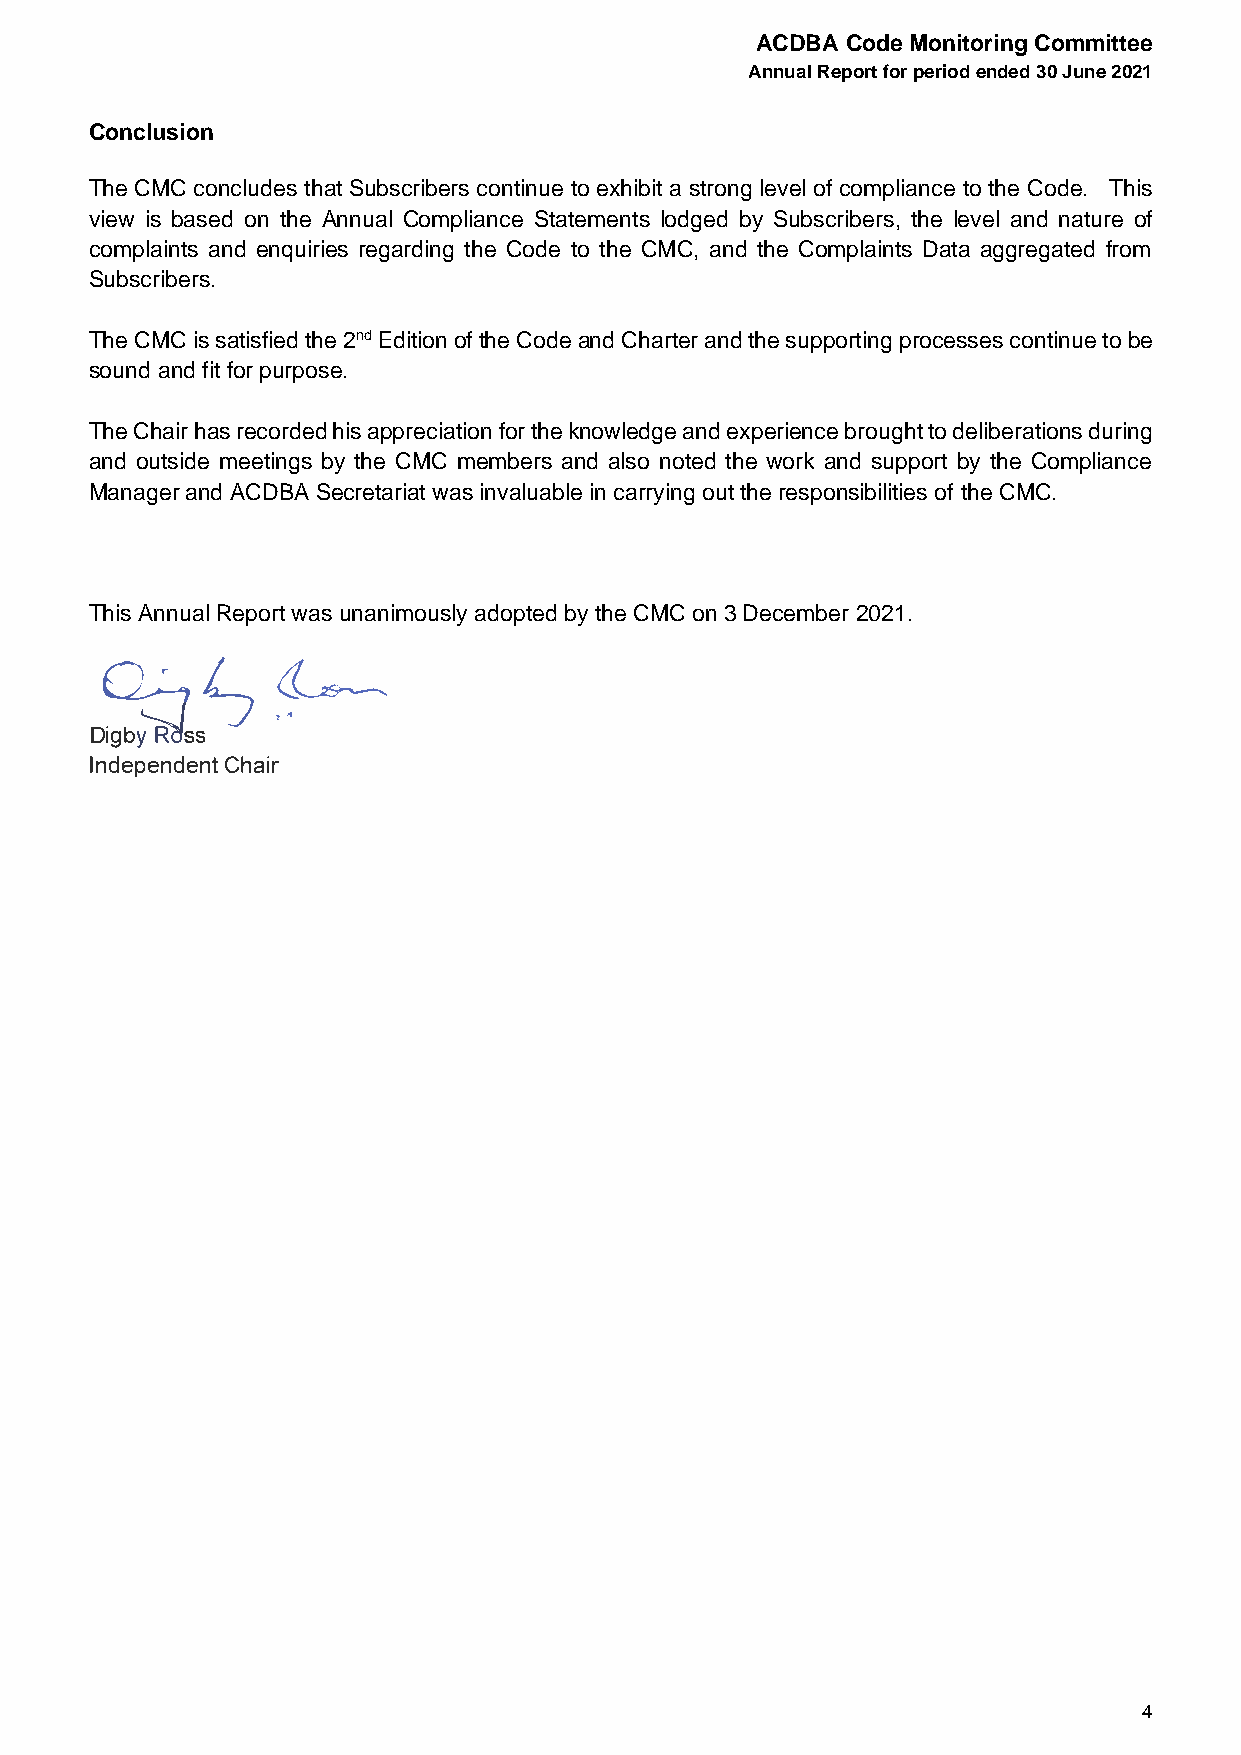
ACDBA Code Monitoring Committee
 Annual Report for period ended 30 June 2021
 Conclusion
 The CMC concludes that Subscribers continue to exhibit a strong level of compliance to the Code. This
 view is based on the Annual Compliance Statements lodged by Subscribers, the level and nature of
 complaints and enquiries regarding the Code to the CMC, and the Complaints Data aggregated from
 Subscribers.
 The CMC is satisfied the 2nd Edition of the Code and Charter and the supporting processes continue to be
 sound and fit for purpose.
 The Chair has recorded his appreciation for the knowledge and experience brought to deliberations during
 and outside meetings by the CMC members and also noted the work and support by the Compliance
 Manager and ACDBA Secretariat was invaluable in carrying out the responsibilities of the CMC.
 This Annual Report was unanimously adopted by the CMC on 3 December 2021.
 Q,:_,,s    �
 Di�gbss
 IndepeCnhdaeinrt
 4